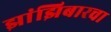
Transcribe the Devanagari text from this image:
झांझिबारचा